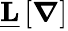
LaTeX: \underline{{\mathbf{L}}}\left[\boldsymbol{\nabla}\right]